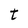
Character: t